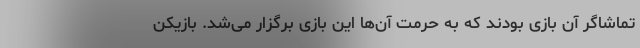
تماشاگر آن بازی بودند که به حرمت آن‌ها این بازی برگزار می‌شد. بازیکن